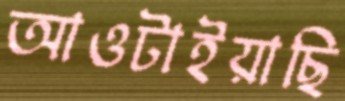
আওটাইয়াছি